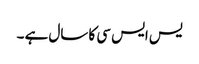
یس ایس سی کا سال ہے ۔